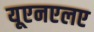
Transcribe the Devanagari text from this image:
यूएनएलए